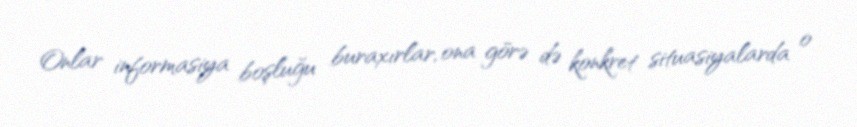
Onlar informasiya boşluğu buraxırlar, ona görə də konkret situasiyalarda o